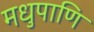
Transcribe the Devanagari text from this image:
मधुपाणि